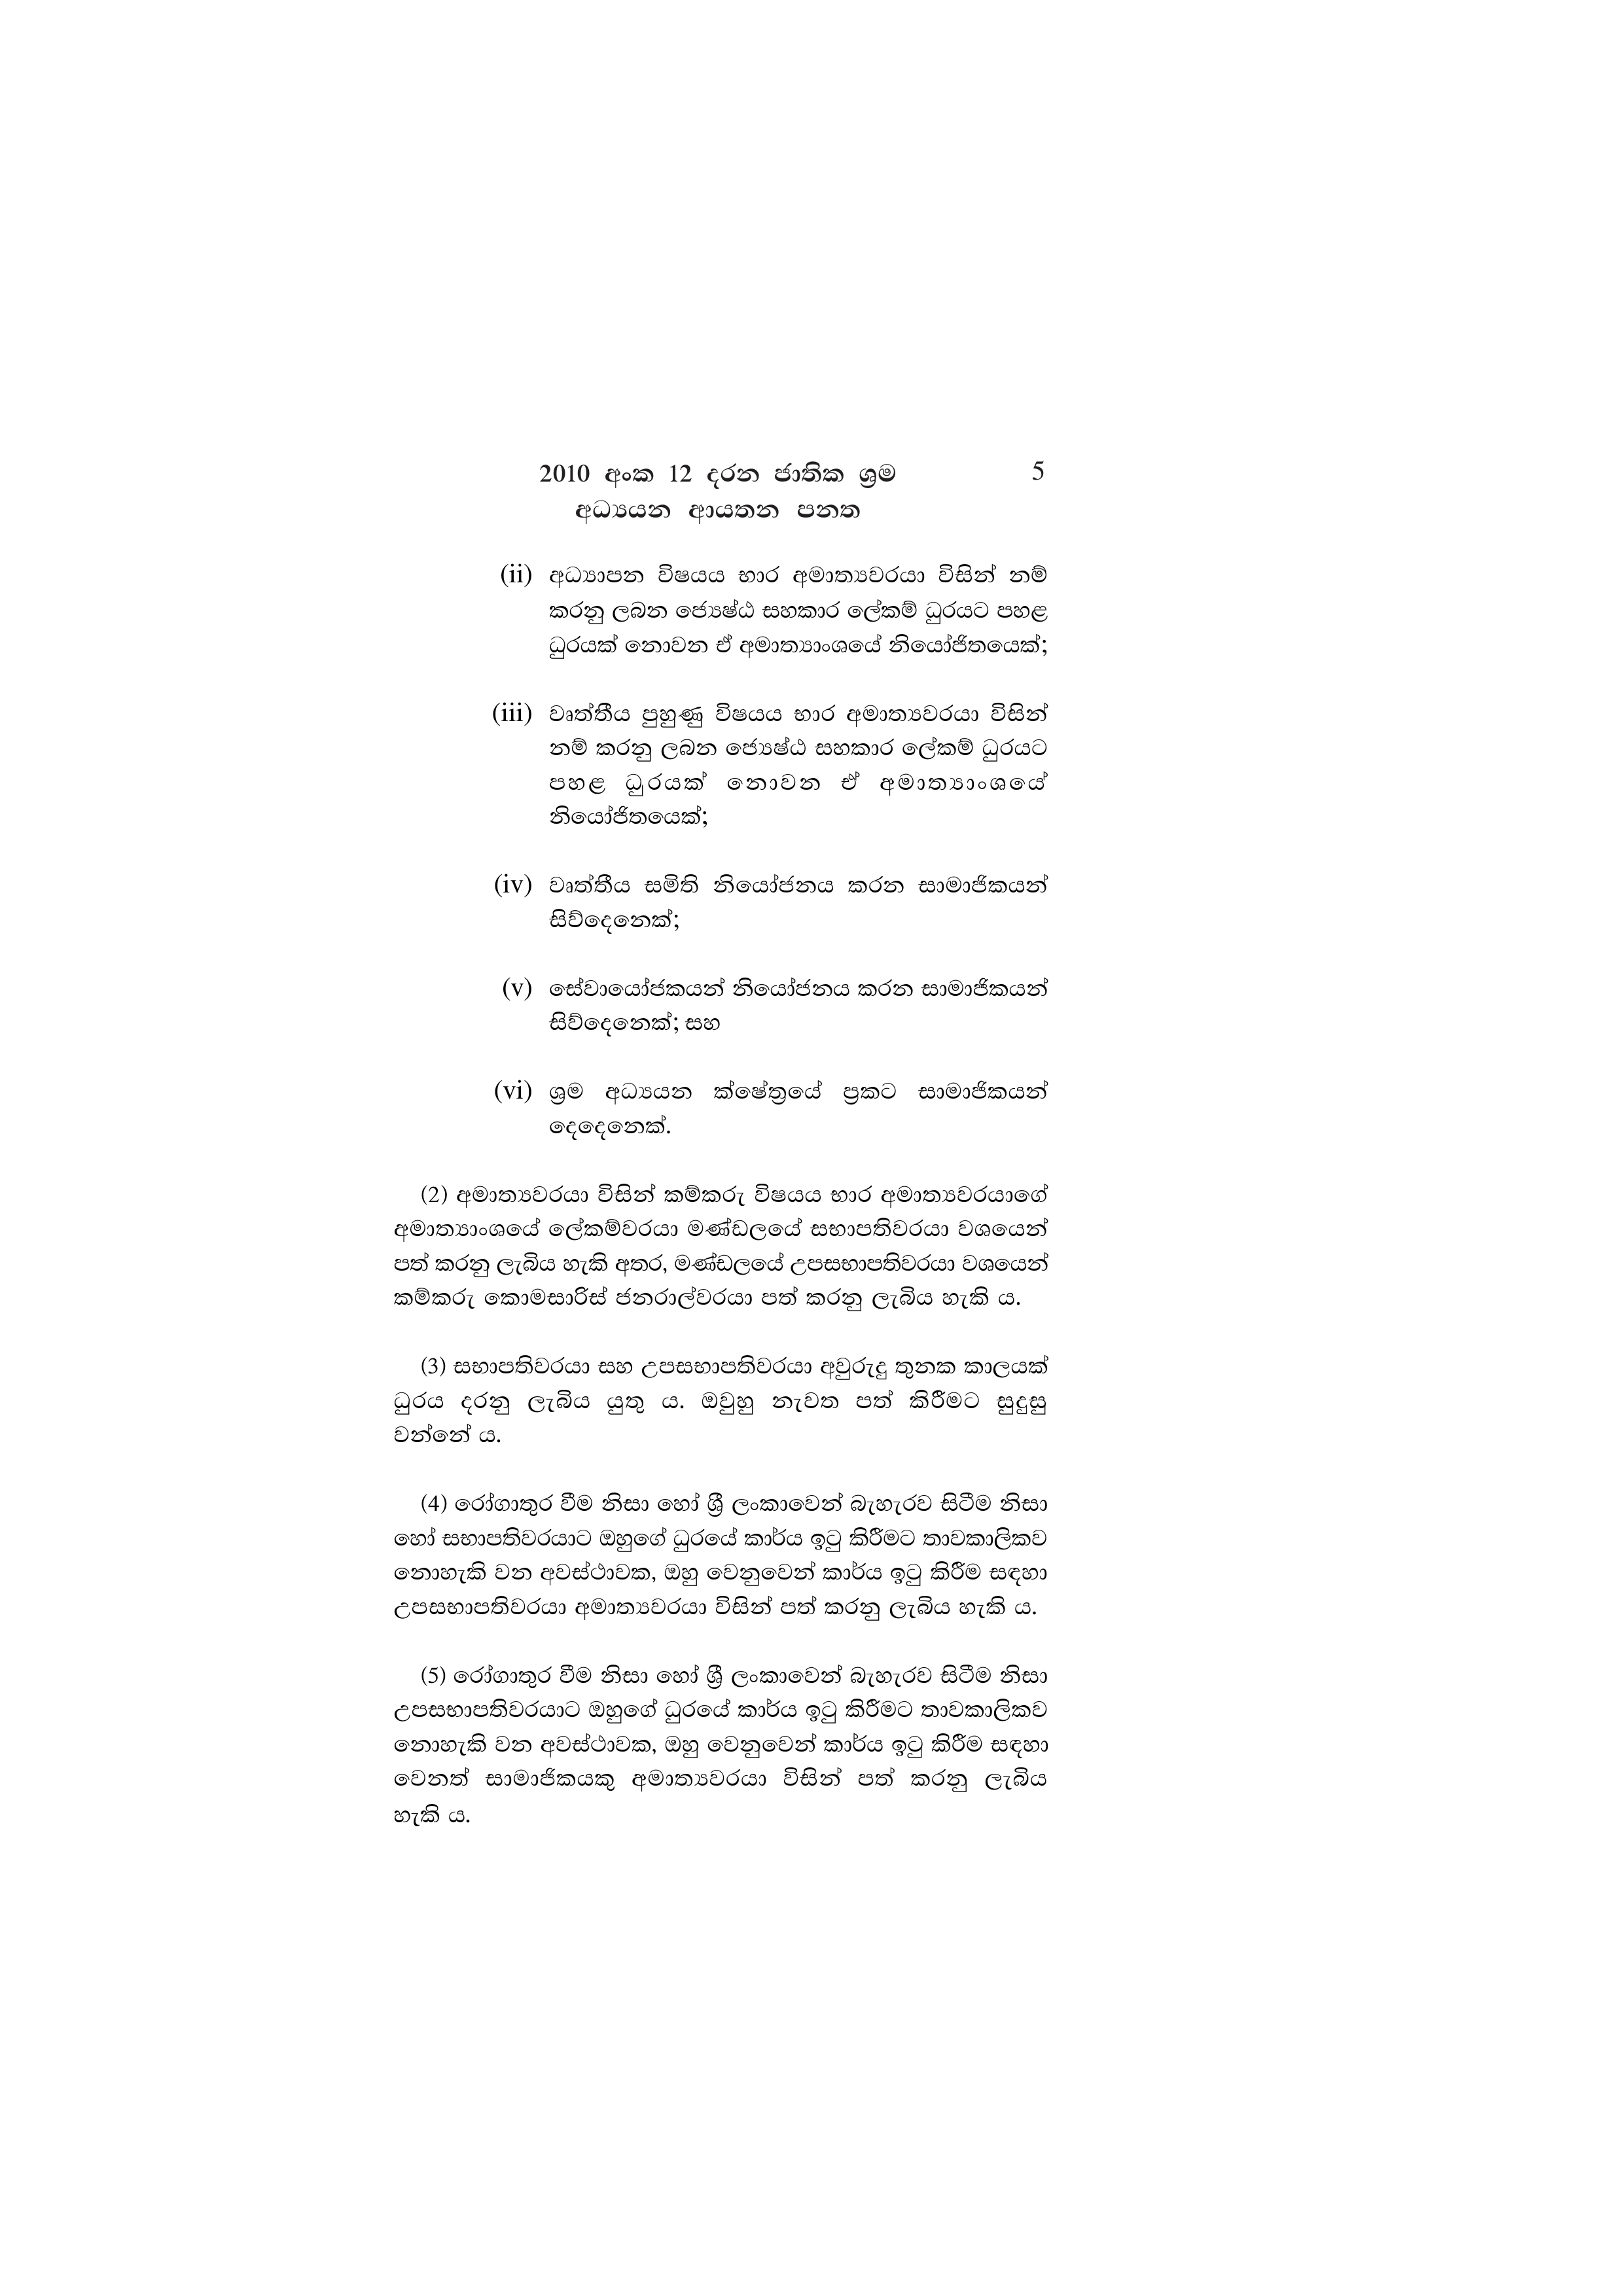
2010 අංක 12 දරන ජාතික ශ්‍රම 5
අධ්‍යයන ආයතන පනත

(ii) අධ්‍යාපන විෂයය භාර අමාත්‍යවරයා විසින් නම්
කරනු ලබන ජ්‍යෙෂ්ඨ සහකාර ලේකම් ධුරයට පහළ
ධුරයක් නොවන ඒ අමාත්‍යාංශයේ නියෝජිතයෙක්;

(iii) වෘත්තීය පුහුණු විෂයය භාර අමාත්‍යවරයා විසින්
නම් කරනු ලබන ජ්‍යෙෂ්ඨ සහකාර ලේකම් ධුරයට
පහළ ධුරයක් නොවන ඒ අමාත්‍යාංශයේ
නියෝජිතයෙක්;

(iv) වෘත්තීය සමිති නියෝජනය කරන සාමාජිකයන්
සිව්දෙනෙක්;

(v) සේවායෝජකයන් නියෝජනය කරන සාමාජිකයන්
සිව්දෙනෙක්; සහ

(vi) ශ්‍රම අධ්‍යයන ක්ෂේත්‍රයේ ප්‍රකට සාමාජිකයන්
දෙදෙනෙක්.

(2) අමාත්‍යවරයා විසින් කම්කරු විෂයය භාර අමාත්‍යවරයාගේ
අමාත්‍යාංශයේ ලේකම්වරයා මණ්ඩලයේ සභාපතිවරයා වශයෙන්
පත් කරනු ලැබිය හැකි අතර, මණ්ඩලයේ උපසභාපතිවරයා වශයෙන්
කම්කරු කොමසාරිස් ජනරාල්වරයා පත් කරනු ලැබිය හැකි ය.

(3) සභාපතිවරයා සහ උපසභාපතිවරයා අවුරුදු තුනක කාලයක්
ධුරය දරනු ලැබිය යුතු ය. ඔවුහු නැවත පත් කිරීමට සුදුසු
වන්නේ ය.

(4) රෝගාතුර වීම නිසා හෝ ශ්‍රී ලංකාවෙන් බැහැරව සිටීම නිසා
හෝ සභාපතිවරයාට ඔහුගේ ධුරයේ කාර්ය ඉටු කිරීමට තාවකාලිකව
නොහැකි වන අවස්ථාවක, ඔහු වෙනුවෙන් කාර්ය ඉටු කිරීම සඳහා
උපසභාපතිවරයා අමාත්‍යවරයා විසින් පත් කරනු ලැබිය හැකි ය.

(5) රෝගාතුර වීම නිසා හෝ ශ්‍රී ලංකාවෙන් බැහැරව සිටීම නිසා
උපසභාපතිවරයාට ඔහුගේ ධුරයේ කාර්ය ඉටු කිරීමට තාවකාලිකව
නොහැකි වන අවස්ථාවක, ඔහු වෙනුවෙන් කාර්ය ඉටු කිරීම සඳහා
වෙනත් සාමාජිකයකු අමාත්‍යවරයා විසින් පත් කරනු ලැබිය
හැකි ය.